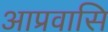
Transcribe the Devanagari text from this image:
आप्रवासि